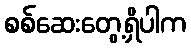
စစ်ဆေးတွေ့ရှိပါက